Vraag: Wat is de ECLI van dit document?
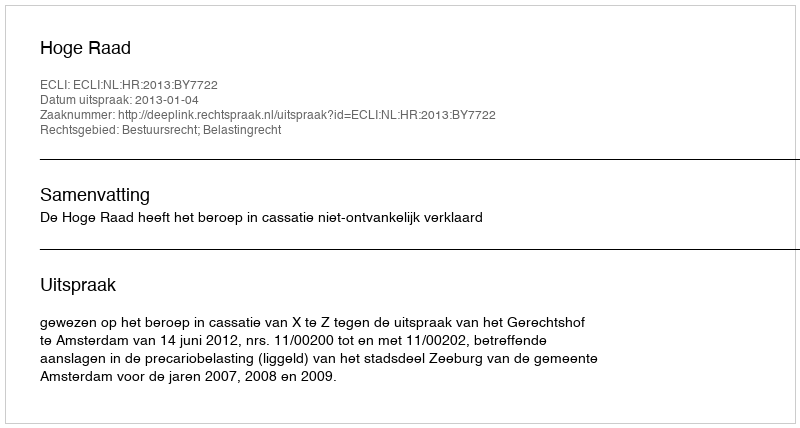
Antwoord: ECLI:NL:HR:2013:BY7722